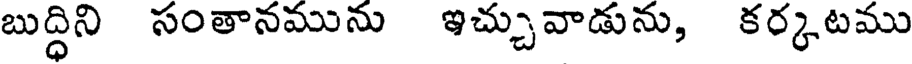
బుద్ధిని సంతానమును ఇచ్చువాడును, కర్కటము